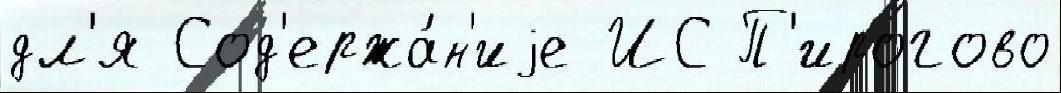
дл'я Сод'ержа́н'иjе ИС П'ирогово